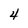
Character: 4